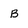
Character: B